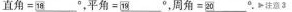
$$直角=\underline{\square{18}}^{\circ}$$，$$平角=\underline{\square{19}}^{\circ}$$，$$周角=\underline{\square{20}}^{\circ}$$.注意3